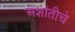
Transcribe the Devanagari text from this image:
अशांतीचे